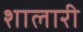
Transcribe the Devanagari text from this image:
शालारी